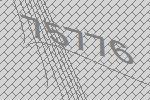
75776